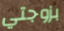
بزوجتي